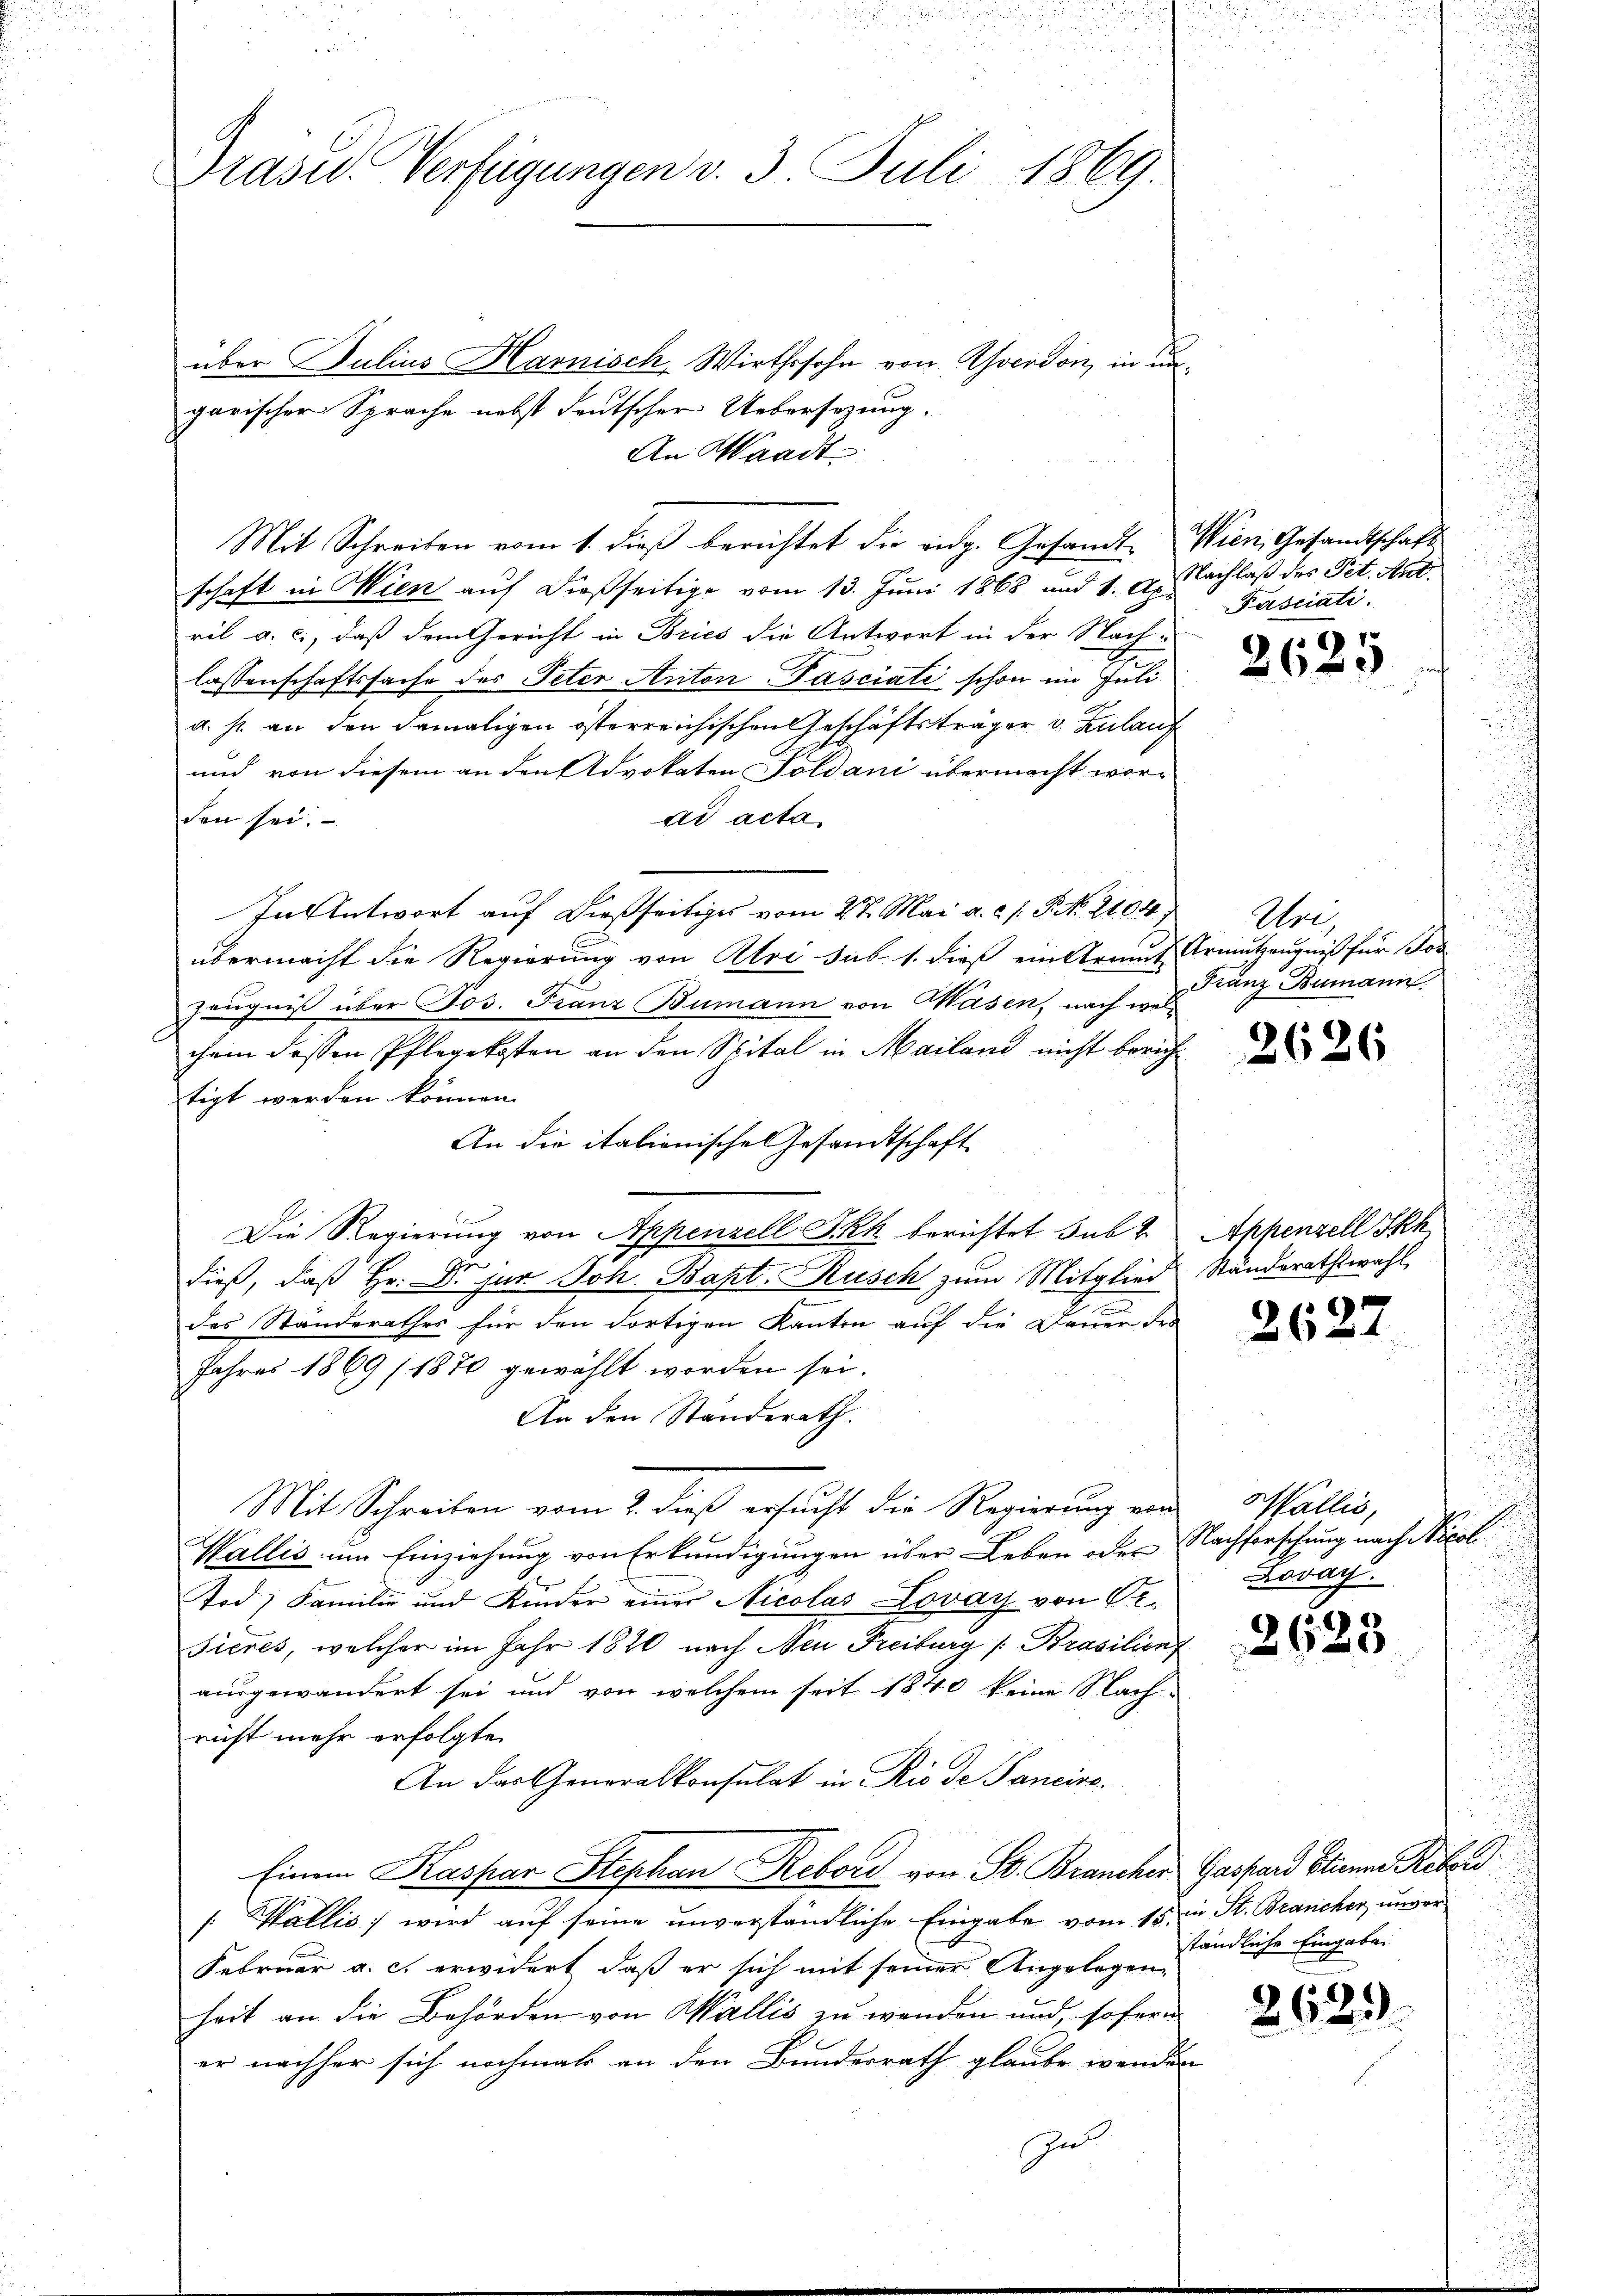
Drasid. Verfügungen v. 3. Juli 1869.

über Julius Harnisch, Wirthssohn von Averdon, in ungarischer Sprache nebst deutscher Uebersezung.
An Waadt
schaft in Wien auf dießseitige vom 13. Juni 1868 und 1. 2. Nachlaß des Pet. Ant.
ril a. c., daß dem Gericht in Bries die Antwort in der Nach-
lassenschaftssache des Peter Anton Pasciati schon im Juli
a. s. an den damaligen österreichischen Geschäftsträger v. Zulauf
und von diesem an den Advokaten Soldani übermacht wor-
den sei.
ad acta
In Antwort auf dießseitiges vom 2t. Mai a. a. p. P. N. 2104.
übermacht die Regierung von Aloi sub 1. dieß ein Armut Armutzengniß für Jos
Zeugniß über Jos. Franz Bumann von Wasen, nach welchem dessen Pflegekosten an den Spital in Mailand nicht berich
tigt werden können.
An die italienische Gesandtschaft
Die Regierung von Appenzell Skh berichtet sub 2. Appenzell Sch
dieß, daß Hr. Dr jur Joh. Bapt. Rusch zum Mitglied Ständerathswahl
des Standerathes für den dortigen Kanton auf die Dauer des
Jahres 1869 (1870 gewählt worden sei.
An den Standerath.
Mit Schreiben vom 2. dieß ersucht die Regierung von
Wallis um Einziehung von Erkundigungen über Leben oder Nachforschung nach Nicol
Tod, Familie und Kinder einer Nicolas Lovay von Sr.
sieres, welcher im Jahr 1820 nach Neu Freiburg /: Brasilien
ausgewandert sei und von welchem seit 1840 keine Nach-
richt mehr erfolgte
An das Generalkonsulat in Rio de Panciro¬
Einem Kaspar Stephan Rebord von St. Brancher Gaspard Stirne Rebor
[ Wallis, wird auf seine unverständliche Eingabe vom 15. in St. Brancher unver¬
Februar a. c. erwidert, daß er sich mit seiner Angelegen,
heit an die Behörden von Wallis zu wenden und, sofern
er nachher sich nochmals an den Bundesrath glaube werden
In

Mit Schreiben vom 1. dieβ berichtet die eidg. Gesandt. Wien Gesandtschaft

Fasciati

2625

Urij
Franz Bumann.

2626

2627

Wallis,
¬
Lovay.

2623

ständliche Eingabe

2629.